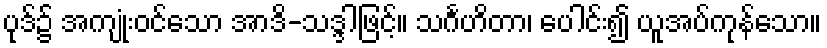
ပုဒ်၌ အကျုံးဝင်သော အာဒိ-သဒ္ဒါဖြင့်။ သင်္ဂဟိတာ၊ ပေါင်း၍ ယူအပ်ကုန်သော။